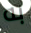
به